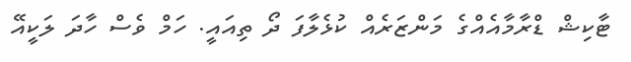
ޓާކިޝް ޑްރާމާއެއްގެ މަންޒަރެއް ކުޅެލާފަ ދޯ ތިއައީ. ހަމް ވެސް ހާދަ ލަކީއޭ